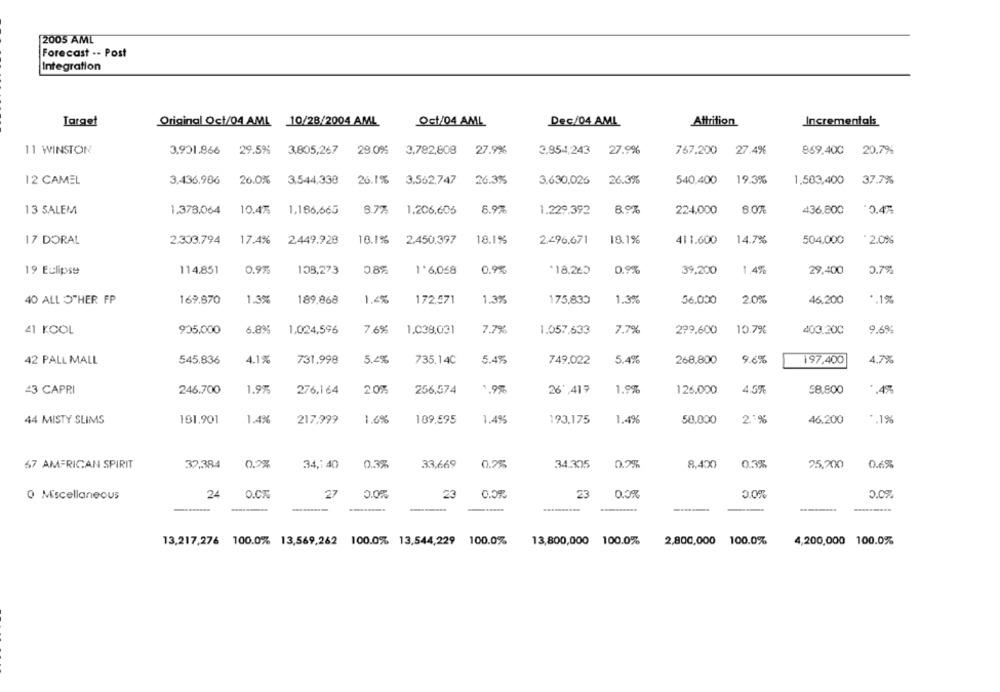
2005 AML
Forecast -- Post
Integration
Target
Original Oct/04 AML 10/28/2004 AML
Oct/04 AML
Dec/04 AML
Attrition
Incrementals
11 WINSTON
3.901.866 29.5% 3,805,267
29.0% 3.782,808 27.9%
3,954,243 27.9%
767.200 27.4%
869.400 20.7%
37.7%
12 CAMEL
3.436.986 26.0%
3.544,338
26.1%
3.562,747
26.3%
3.630,026 26.3%
540,400 19.3%
1.503,400
13 SALEM
1.378,064
10.4%
1,186,665
8.7%
1.206,605
8.9%
1.229.392
8%
224.000
8.0%
436.800
:0.47
17 DORAL
2.303.794
17.4%
2.449.928
10.1%
2.450.397
18.1%
2.496.671
18.1%
411.600
14.7%
504.000
:2.0%
114.851
108,273
0.8%
0.9%
0.9%
29,400
19 Eclipse
0.9%
1 *6,068
*18,263
39,200
1.4%
0.7%
40 ALL OTHER FP
169.870
1.39
189.868
1.4%
172,571
1.3%
175,830
1.3%
56.000
20%
46.200
*. 1%
41 KOOL
905,000
6.8%
1.024,596
7.6%
1.038,031
7.7%
1.057,633
7.7%
299.600
10.7%
400.200
9.6%
4.1%
731,998
5.4%
735.140
5.4%
5.4%
268.800
9.6%
4.7%
42 PALL MALL
545.836
749.022
197,400
43 CAPRI
246.700
1.9%
276,164
20%
256,574
1.95
26',417
1.9%
126.000
4.5%
58,800
.4%
44 MISTY SLIMS
181.901
1.49
217,999
1.6%
189.595
1.4%
193.175
1.4%
50,000
2 :9
46.200
.. 1%
0.3%
33,669
0.3%
0.6%
67 AMERICAN SPIRIT
37,384
0.5%
34,1 40
0.2%
34.305
0.2%
8,400
25,200
O Miscellaneous
24
O.CZ
27
23
23
0.0%
.....-...
13,217,276 100.0% 13,569,262 100.0% 13,544,229 100.0%
13,800,000
100.0%
2,800,000 100.0%
4,200,000 100.0%